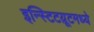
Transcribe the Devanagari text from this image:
इन्स्टिटय़ूटमध्ये